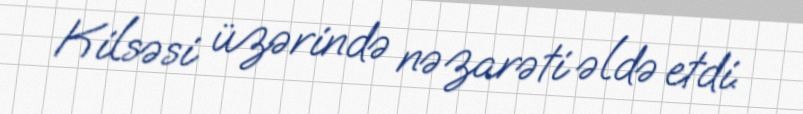
Kilsəsi üzərində nəzarəti əldə etdi.